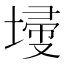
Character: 𡎹